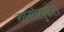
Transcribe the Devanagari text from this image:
यामोसुकरो